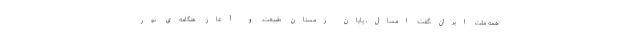
همه ملت ایران،گفت: امسال، پایان زمستانِ طبیعت، و آغازِ هنگامه‌یِ نور